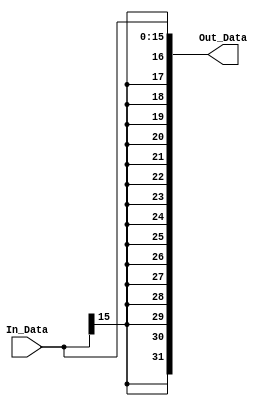
//unidad de extension de signo

module SignExtend
#(
	parameter 	InBusWidth = 16, 				//ancho del bus de entrada	
					OutBusWidth = 32				//ancho del bus de salida
)
(	
	input wire [InBusWidth-1:0] In_Data,
	output wire [OutBusWidth-1:0] Out_Data
);

assign Out_Data = { {InBusWidth{ In_Data[(InBusWidth - 1)] }}, In_Data};


endmodule //SignExtend